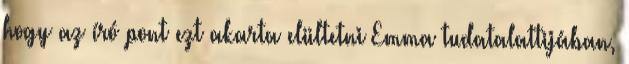
hogy az író pont ezt akarta elültetni Emma tudatalattijában,